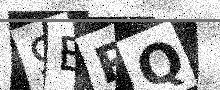
Text: 9ERQ